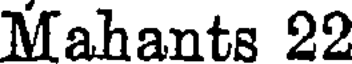
Mahants 22